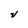
Character: V